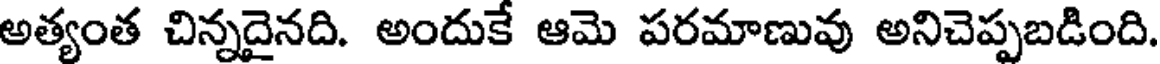
అత్యంత చిన్నదైనది. అందుకే ఆమె పరమాణువు అనిచెప్పబడింది